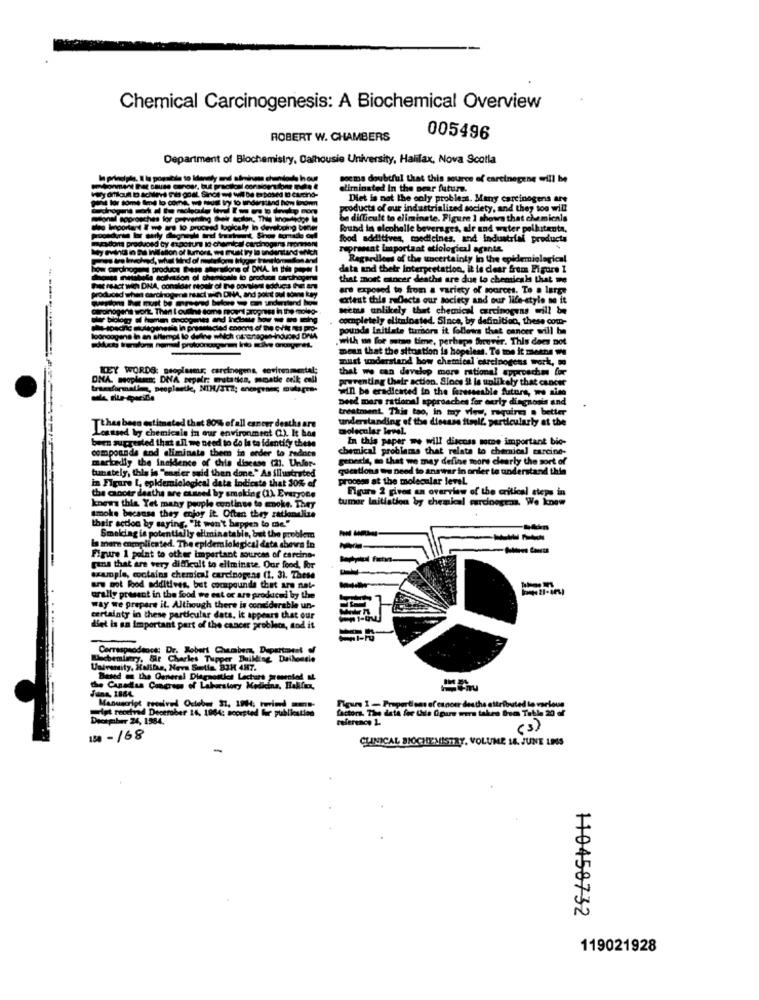
Chemical Carcinogenesis: A Biochemical Overview
ROBERT W. CHAMBERS
005496
Department of Biochemistry, Cafhousie University, Halifax, Nova Scotia
poema doubtful that this source of careinegene will be
insted in the near future.
Diet is not the only problems. Many carcinogens are
products of our industrialized society, and they too will
be difficult to eliminate. Figure 1 shows that chemicals
Found in alcohalle beverages, air and water poikuitenta,
food additives, medicines. and industrial products
repransat Important etiological agents.
Regardless of the uncertainty in the epidemiological
DHA
data and thetr Interpretation. it le clear from Figure 1
d thetr Interpretati
that mort eincer deaths are due to chemicals that we
HET W DNA, O
are exposed to from a variety of sources. To a large
extent this reflects our society and our life-stylo no it
pena wont Then I
weems unlikely that chemical carcinogens will be
biology
completely eliminated. Since, by definition, these com-
pounds Initiate turbors it follows that cancer will be
.with un for wise time, perhaps forever. This does not
mean that the situation is hopeless. Te toe it Means w
must understand how chemical carcinogens work, so
WORDS: peoplesms; carcinogens, environm
that we can develop more rational approaches for
DNA, meoplusen; DNA repair: mutation, mmatie celk call
preventing their action. Slocs it la unlikely that cancer
traxxformelle, peopleelke, NIH/3TZ; ancegenes; mulagre-
will be eradicated in the foreseeable future, we also
bead mars rational approaches for curly diagnosis and
treatment. This tao, in my view, requires . better
understanding of the disease itoll, particularly at the
Tthas been estimated that 80%% of all caneer deaths are
Lesssed by chemicals in our environment (2). It has
molecular level.
been suggested that all we need to do la to identify these
In this paper we will discuss some important bio-
compounds end eliminate them in order to radnice
chemical problems that relata to chemical carcino-
geordie, so that we may define more clearly the sort of
martediy the incidence of this disease (21. Unfor-
tunately, this is "easier said than done." As illustrated
questions to need to answer in order to understand this
Helocdcal data Indicate that 309
procson at the molecular level
the cancer deaths are cussed by smoking (1). Everyone
Figure 2 gives an overview of the critical steps in
tumor Initiation by chemical carcinogens. We know
knows this Yet many people continue to woke. They
smoke because they enjoy it. Often they zatlanullze
their action by saying. "It won't happen to me."
Smelding is potentially eliminatable, but the probl
mern complicated. The epidemiological data show
Figure 1 point to other impar
important sources of es
gana that are very difficult to eliminate. Our food, for
example, contains chemical carcinogens (1, 3). These
are pot Food additives, but compounds that are nat-
orally present in the food we est or are produced by the
way we prepare it. Although there is considerable un-
certainty in these particular data, it appears that our
det is an Important part of the cancer problems, and it
....
Correspsodiocs: Dr. Robert Chambers, Department of
Wwchemistry, Sir Charles Tupper Building Dailondie
University, Halilas, Heva Setia, B3H 4H7.
Based in the General Diagnostics Lechars promoted, IL.
the Canadaa Concrom of Laborstory Medicina, Hallfer,
Manuscript received October 27, 19H4; twrind mms-
wpt received Deotmber 14, 1984; accepted fur publication
Tous I - Proportions of cancer des the attributed to various
factors. The data for Ude Opare were taken the Table 20 er
December 24, 1584.
reference 1.
( 3)
18 - /68
CLINICAL BIOCHEMISTRY, VOLUME 18. JUNE LES
110458732
119021928